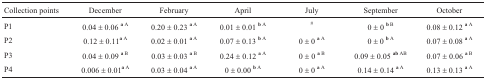
<table><thead><tr><td><b>Collection points</b></td><td><b>December</b></td><td><b>February</b></td><td><b>April</b></td><td><b>July</b></td><td><b>September</b></td><td><b>October</b></td></tr></thead><tbody><tr><td>P1</td><td>0.04 ± 0.06 <sup><b>a</b> A</sup></td><td>0.20 ± 0.23 <sup><b>a</b> A</sup></td><td>0.01 ± 0.01 <sup><b>b</b> A</sup></td><td>#</td><td>0 ± 0 <sup><b>b</b> B</sup></td><td>0.08 ± 0.12 <sup><b>a</b> A</sup></td></tr><tr><td>P2</td><td>0.12 ± 0.11<sup><b>a</b> A</sup></td><td>0.02 ± 0.01 <sup><b>a</b> A</sup></td><td>0.07 ± 0.13 <sup><b>b</b> A</sup></td><td>0 ± 0 <sup><b>a</b> A</sup></td><td>0 ± 0 <sup><b>b</b> A</sup></td><td>0.07 ± 0.08 <sup><b>a</b> A</sup></td></tr><tr><td>P3</td><td>0.04 ± 0.09 <sup><b>a</b> B</sup></td><td>0.03 ± 0.03 <sup><b>a</b> B</sup></td><td>0.24 ± 0.12 <sup><b>a</b> A</sup></td><td>0 ± 0 <sup><b>a</b> B</sup></td><td>0.09 ± 0.05 <sup><b>ab</b> AB</sup></td><td>0.07 ± 0.06 <sup><b>a</b> B</sup></td></tr><tr><td>P4</td><td>0.006 ± 0.01<sup><b>a</b> A</sup></td><td>0.03 ± 0.04 <sup><b>a</b> A</sup></td><td>0 ± 0.00 <sup><b>b</b> A</sup></td><td>0 ± 0 <sup><b>a</b> A</sup></td><td>0.14 ± 0.14 <sup><b>a</b> A</sup></td><td>0.13 ± 0.13 <sup><b>a</b> A</sup></td></tr></tbody></table>